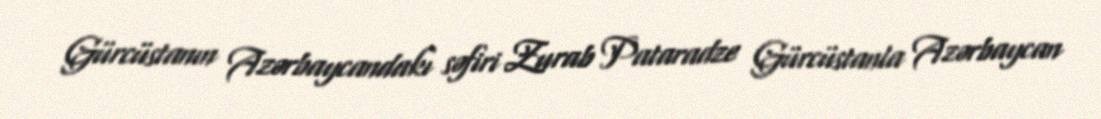
Gürcüstanın Azərbaycandakı səfiri Zurab Pataradze Gürcüstanla Azərbaycan